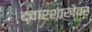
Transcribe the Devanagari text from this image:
द्वारशाखेवर